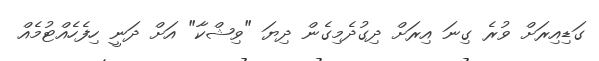
ގަޑިއިރަށް ވުރެ ގިނަ އިރަށް ދިގުދެމިގެން ދިޔަ "ވިޝްކާ" އަށް ދަނީ ހިފެހެއްޓުމެއް